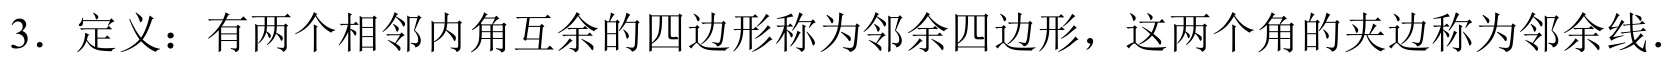
3. 定义：有两个相邻内角互余的四边形称为邻余四边形，这两个角的夹边称为邻余线.